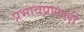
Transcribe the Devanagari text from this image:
प्रभावप्रणाली